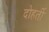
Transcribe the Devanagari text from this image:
दोहर्ती